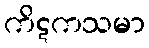
ကိဋကသမာ